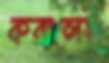
করালেই